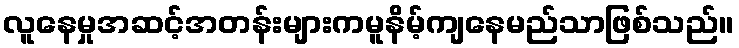
လူနေမှုအဆင့်အတန်းများကမူနိမ့်ကျနေမည်သာဖြစ်သည်။